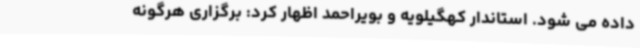
داده می شود. استاندار کهگیلویه و بویراحمد اظهار کرد: برگزاری هرگونه